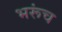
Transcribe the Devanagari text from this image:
भरूंच